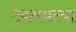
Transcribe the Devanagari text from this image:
ट्रेकमधल्या